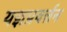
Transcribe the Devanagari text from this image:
यज्ञप्रवर्त्तन